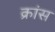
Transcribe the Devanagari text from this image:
क्रांस